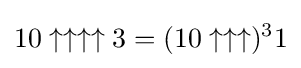
10\uparrow \uparrow \uparrow \uparrow 3=(10\uparrow \uparrow \uparrow )^{3}1